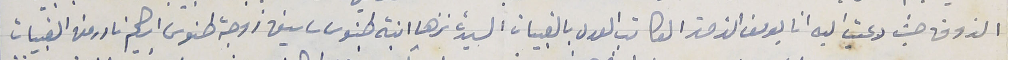
الذوق حيث دعيت اليه انا يوسف الزمز الكاتب العدل بالقبيات السيدة نزها ابنة طنوس ساسين زوجة طنوس ابرهيم نادر من القبيات